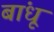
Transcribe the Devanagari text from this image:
बांधूं